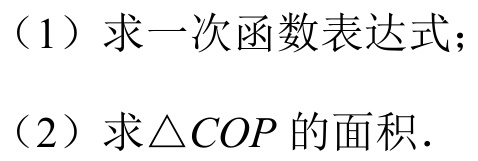
（1）求一次函数表达式；
（2）求\(\triangle COP\)的面积.